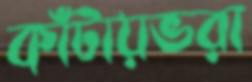
কাঁটায়ভরা